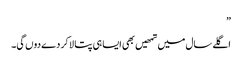
”
اگلے سال میں تمھیں بھی ایسا ہی پتا لا کر دے دوں گی۔